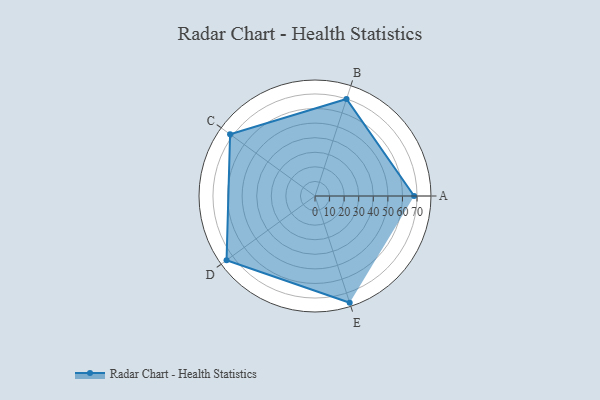
{"axis": {"x": "Skill", "y": "Score"}, "legend": ["Profile"], "data": [{"x": "A", "y": 68.0, "type": "Profile"}, {"x": "B", "y": 70.0, "type": "Profile"}, {"x": "C", "y": 72.0, "type": "Profile"}, {"x": "D", "y": 75.0, "type": "Profile"}, {"x": "E", "y": 77.0, "type": "Profile"}]}